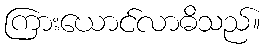
ကြားယောင်လာဓိသည်။